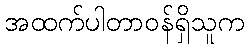
အထက်ပါတာဝန်ရှိသူက